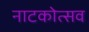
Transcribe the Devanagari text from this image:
नाटकोत्सव